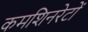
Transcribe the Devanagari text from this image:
कमशिनरेटों